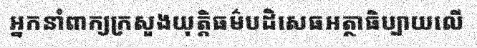
អ្នកនាំពាក្យក្រសួងយុត្តិធម៌បដិសេធអត្ថាធិប្បាយលើ